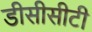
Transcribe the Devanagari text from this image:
डीसीसीटी